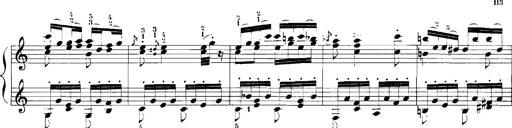
Title: Rhapsodies hongroises
Composer: Franz Liszt